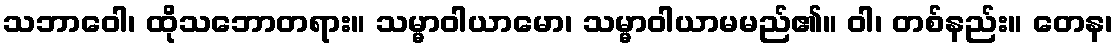
သဘာဝေါ၊ ထိုသဘောတရား။ သမ္မာဝါယာမော၊ သမ္မာဝါယာမမည်၏။ ဝါ၊ တစ်နည်း။ တေန၊